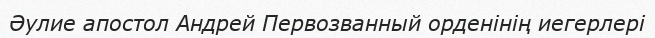
Әулие апостол Андрей Первозванный орденінің иегерлері